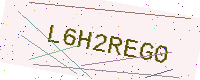
Text: L6H2REG0